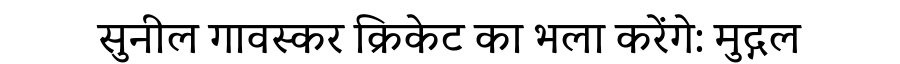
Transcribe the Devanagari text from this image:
सुनील गावस्कर क्रिकेट का भला करेंगे: मुद्गल